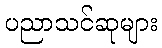
ပညာသင်ဆုများ